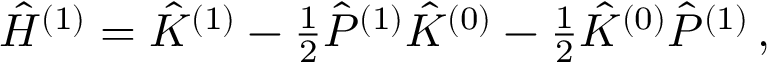
\begin{array} { r } { \hat { H } ^ { ( 1 ) } = \hat { K } ^ { ( 1 ) } - \frac { 1 } { 2 } \hat { P } ^ { ( 1 ) } \hat { K } ^ { ( 0 ) } - \frac { 1 } { 2 } \hat { K } ^ { ( 0 ) } \hat { P } ^ { ( 1 ) } \, , } \end{array}